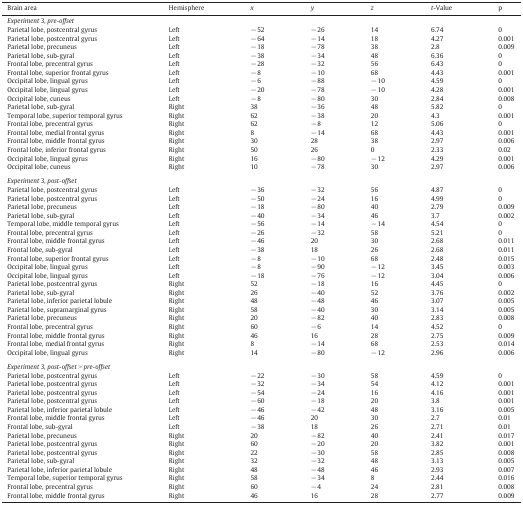
<table><thead><tr><td><b>Brain area</b></td><td><b>Hemisphere</b></td><td><b><i>x</i></b></td><td><b><i>y</i></b></td><td><b><i>z</i></b></td><td><b><i>t</i>-Value</b></td><td><b>p</b></td></tr></thead><tbody><tr><td colspan="7"><i>Experiment 3, pre-offset</i></td></tr><tr><td>Parietal lobe, postcentral gyrus</td><td>Left</td><td>− 52</td><td>− 26</td><td>14</td><td>6.74</td><td>0</td></tr><tr><td>Parietal lobe, postcentral gyrus</td><td>Left</td><td>− 64</td><td>− 14</td><td>18</td><td>4.27</td><td>0.001</td></tr><tr><td>Parietal lobe, precuneus</td><td>Left</td><td>− 18</td><td>− 78</td><td>38</td><td>2.8</td><td>0.009</td></tr><tr><td>Parietal lobe, sub-gyral</td><td>Left</td><td>− 38</td><td>− 34</td><td>48</td><td>6.36</td><td>0</td></tr><tr><td>Frontal lobe, precentral gyrus</td><td>Left</td><td>− 28</td><td>− 32</td><td>56</td><td>6.43</td><td>0</td></tr><tr><td>Frontal lobe, superior frontal gyrus</td><td>Left</td><td>− 8</td><td>− 10</td><td>68</td><td>4.43</td><td>0.001</td></tr><tr><td>Occipital lobe, lingual gyrus</td><td>Left</td><td>− 6</td><td>− 88</td><td>− 10</td><td>4.59</td><td>0</td></tr><tr><td>Occipital lobe, lingual gyrus</td><td>Left</td><td>− 20</td><td>− 78</td><td>− 10</td><td>4.28</td><td>0.001</td></tr><tr><td>Occipital lobe, cuneus</td><td>Left</td><td>− 8</td><td>− 80</td><td>30</td><td>2.84</td><td>0.008</td></tr><tr><td>Parietal lobe, sub-gyral</td><td>Right</td><td>38</td><td>− 36</td><td>48</td><td>5.82</td><td>0</td></tr><tr><td>Temporal lobe, superior temporal gyrus</td><td>Right</td><td>62</td><td>− 38</td><td>20</td><td>4.3</td><td>0.001</td></tr><tr><td>Frontal lobe, precentral gyrus</td><td>Right</td><td>62</td><td>− 8</td><td>12</td><td>5.06</td><td>0</td></tr><tr><td>Frontal lobe, medial frontal gyrus</td><td>Right</td><td>8</td><td>− 14</td><td>68</td><td>4.43</td><td>0.001</td></tr><tr><td>Frontal lobe, middle frontal gyrus</td><td>Right</td><td>30</td><td>28</td><td>38</td><td>2.97</td><td>0.006</td></tr><tr><td>Frontal lobe, inferior frontal gyrus</td><td>Right</td><td>50</td><td>26</td><td>0</td><td>2.33</td><td>0.02</td></tr><tr><td>Occipital lobe, lingual gyrus</td><td>Right</td><td>16</td><td>− 80</td><td>− 12</td><td>4.29</td><td>0.001</td></tr><tr><td>Occipital lobe, cuneus</td><td>Right</td><td>10</td><td>− 78</td><td>30</td><td>2.97</td><td>0.006</td></tr><tr><td colspan="7">  </td></tr><tr><td colspan="7"><i>Experiment 3, post-offset</i></td></tr><tr><td>Parietal lobe, postcentral gyrus</td><td>Left</td><td>− 36</td><td>− 32</td><td>56</td><td>4.87</td><td>0</td></tr><tr><td>Parietal lobe, postcentral gyrus</td><td>Left</td><td>− 50</td><td>− 24</td><td>16</td><td>4.99</td><td>0</td></tr><tr><td>Parietal lobe, precuneus</td><td>Left</td><td>− 18</td><td>− 80</td><td>40</td><td>2.79</td><td>0.009</td></tr><tr><td>Parietal lobe, sub-gyral</td><td>Left</td><td>− 40</td><td>− 34</td><td>46</td><td>3.7</td><td>0.002</td></tr><tr><td>Temporal lobe, middle temporal gyrus</td><td>Left</td><td>− 56</td><td>− 14</td><td>− 14</td><td>4.54</td><td>0</td></tr><tr><td>Frontal lobe, precentral gyrus</td><td>Left</td><td>− 26</td><td>− 32</td><td>58</td><td>5.21</td><td>0</td></tr><tr><td>Frontal lobe, middle frontal gyrus</td><td>Left</td><td>− 46</td><td>20</td><td>30</td><td>2.68</td><td>0.011</td></tr><tr><td>Frontal lobe, sub-gyral</td><td>Left</td><td>− 38</td><td>18</td><td>26</td><td>2.68</td><td>0.011</td></tr><tr><td>Frontal lobe, superior frontal gyrus</td><td>Left</td><td>− 8</td><td>− 10</td><td>68</td><td>2.48</td><td>0.015</td></tr><tr><td>Occipital lobe, lingual gyrus</td><td>Left</td><td>− 8</td><td>− 90</td><td>− 12</td><td>3.45</td><td>0.003</td></tr><tr><td>Occipital lobe, lingual gyrus</td><td>Left</td><td>− 18</td><td>− 76</td><td>− 12</td><td>3.04</td><td>0.006</td></tr><tr><td>Parietal lobe, postcentral gyrus</td><td>Right</td><td>52</td><td>− 18</td><td>16</td><td>4.45</td><td>0</td></tr><tr><td>Parietal lobe, sub-gyral</td><td>Right</td><td>26</td><td>− 40</td><td>52</td><td>3.76</td><td>0.002</td></tr><tr><td>Parietal lobe, inferior parietal lobule</td><td>Right</td><td>48</td><td>− 48</td><td>46</td><td>3.07</td><td>0.005</td></tr><tr><td>Parietal lobe, supramarginal gyrus</td><td>Right</td><td>58</td><td>− 40</td><td>30</td><td>3.14</td><td>0.005</td></tr><tr><td>Parietal lobe, precuneus</td><td>Right</td><td>20</td><td>− 82</td><td>40</td><td>2.83</td><td>0.008</td></tr><tr><td>Frontal lobe, precentral gyrus</td><td>Right</td><td>60</td><td>− 6</td><td>14</td><td>4.52</td><td>0</td></tr><tr><td>Frontal lobe, middle frontal gyrus</td><td>Right</td><td>46</td><td>16</td><td>28</td><td>2.75</td><td>0.009</td></tr><tr><td>Frontal lobe, medial frontal gyrus</td><td>Right</td><td>8</td><td>− 14</td><td>68</td><td>2.53</td><td>0.014</td></tr><tr><td>Occipital lobe, lingual gyrus</td><td>Right</td><td>14</td><td>− 80</td><td>− 12</td><td>2.96</td><td>0.006</td></tr><tr><td colspan="7">  </td></tr><tr><td colspan="7"><i>Experiment 3, post-offset</i> &gt; <i>pre-offset</i></td></tr><tr><td>Parietal lobe, postcentral gyrus</td><td>Left</td><td>− 22</td><td>− 30</td><td>58</td><td>4.59</td><td>0</td></tr><tr><td>Parietal lobe, postcentral gyrus</td><td>Left</td><td>− 32</td><td>− 34</td><td>54</td><td>4.12</td><td>0.001</td></tr><tr><td>Parietal lobe, postcentral gyrus</td><td>Left</td><td>− 54</td><td>− 24</td><td>16</td><td>4.16</td><td>0.001</td></tr><tr><td>Parietal lobe, postcentral gyrus</td><td>Left</td><td>− 60</td><td>− 18</td><td>20</td><td>3.8</td><td>0.001</td></tr><tr><td>Parietal lobe, inferior parietal lobule</td><td>Left</td><td>− 46</td><td>− 42</td><td>48</td><td>3.16</td><td>0.005</td></tr><tr><td>Frontal lobe, middle frontal gyrus</td><td>Left</td><td>− 46</td><td>20</td><td>30</td><td>2.7</td><td>0.01</td></tr><tr><td>Frontal lobe, sub-gyral</td><td>Left</td><td>− 38</td><td>18</td><td>26</td><td>2.71</td><td>0.01</td></tr><tr><td>Parietal lobe, precuneus</td><td>Right</td><td>20</td><td>− 82</td><td>40</td><td>2.41</td><td>0.017</td></tr><tr><td>Parietal lobe, postcentral gyrus</td><td>Right</td><td>60</td><td>− 20</td><td>20</td><td>3.82</td><td>0.001</td></tr><tr><td>Parietal lobe, postcentral gyrus</td><td>Right</td><td>22</td><td>− 30</td><td>58</td><td>2.85</td><td>0.008</td></tr><tr><td>Parietal lobe, sub-gyral</td><td>Right</td><td>32</td><td>− 32</td><td>48</td><td>3.13</td><td>0.005</td></tr><tr><td>Parietal lobe, inferior parietal lobule</td><td>Right</td><td>48</td><td>− 48</td><td>46</td><td>2.93</td><td>0.007</td></tr><tr><td>Temporal lobe, superior temporal gyrus</td><td>Right</td><td>58</td><td>− 34</td><td>8</td><td>2.44</td><td>0.016</td></tr><tr><td>Frontal lobe, precentral gyrus</td><td>Right</td><td>60</td><td>− 4</td><td>24</td><td>2.81</td><td>0.008</td></tr><tr><td>Frontal lobe, middle frontal gyrus</td><td>Right</td><td>46</td><td>16</td><td>28</td><td>2.77</td><td>0.009</td></tr></tbody></table>